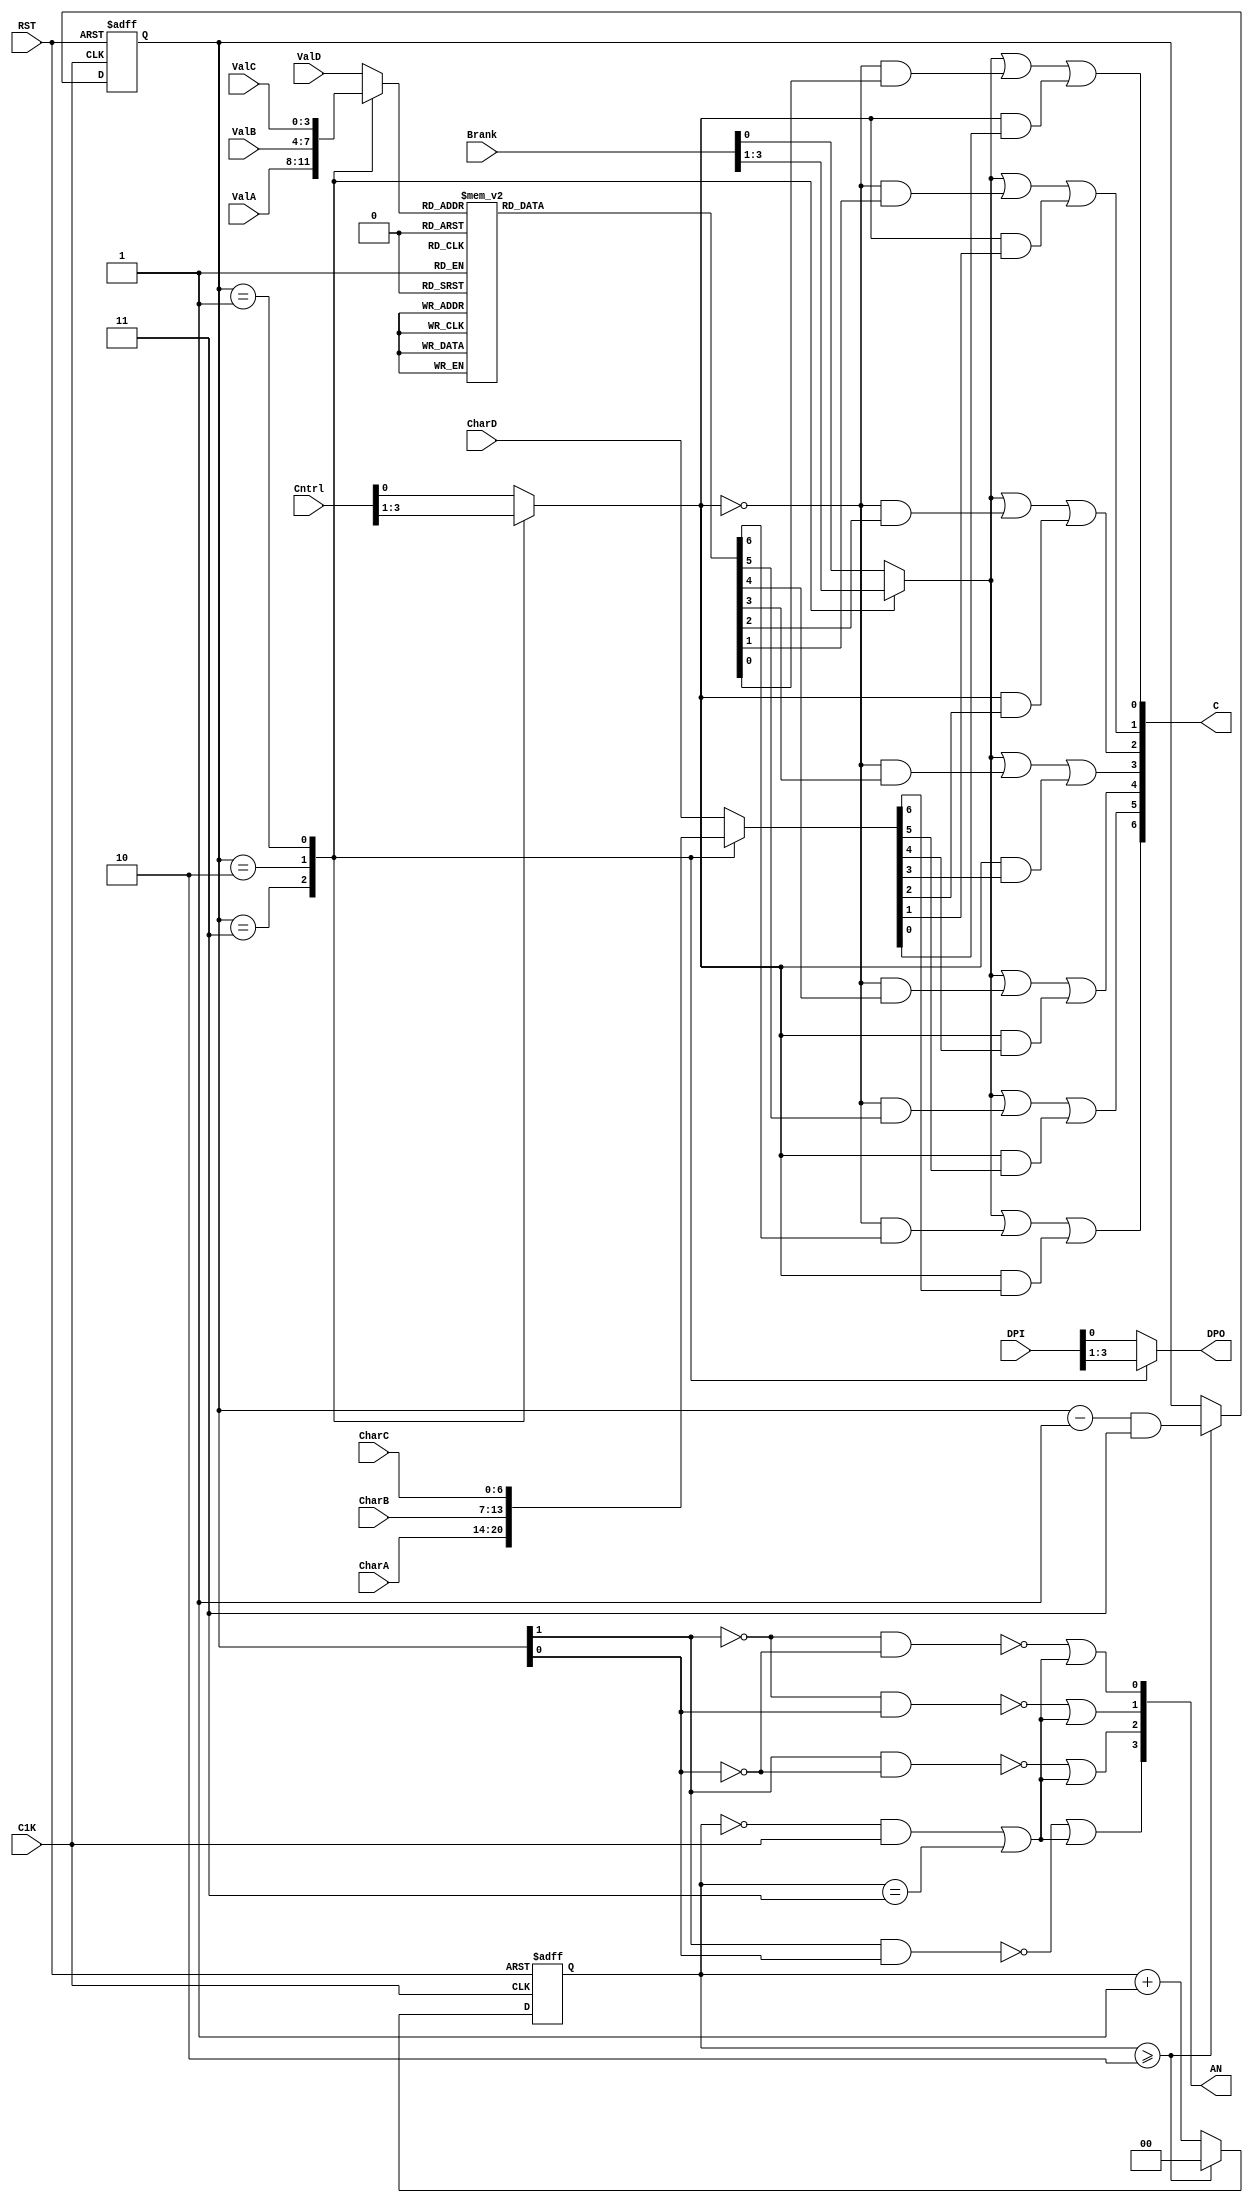
module LEDConv4DC(
    input RST,
    input C1K,
    input [3:0] ValA,
    input [3:0] ValB,
    input [3:0] ValC,
    input [3:0] ValD,
    input [6:0] CharA,
    input [6:0] CharB,
    input [6:0] CharC,
    input [6:0] CharD,
    input [3:0] Cntrl,
    input [3:0] Brank,
    input [3:0] DPI,
    output [3:0] AN,
    output [6:0] C,
    output DPO
  );
  wire [1:0] DigA;
  wire DigE;
  reg [3:0] Val;
  reg [6:0] Char;
  reg Brankc;
  reg Cont;
  reg DPY;
  reg [1:0] D4;
  reg [1:0] D3;
  reg [1:0] Q4;
  reg [1:0] Q3;
  reg [6:0] seg;

  always @(Q4 or Q3) begin
    if(Q3 >= 2'd2) begin
      D4 = (Q4 - 2'd1) & 2'b11;
      D3 = 2'd0;
    end else begin
      D4 = Q4;
      D3 = Q3 + 2'd1;
    end
  end
  always @(posedge C1K or negedge RST) begin
    if(RST == 0) begin
      Q4 = 2'd3;
      Q3 = 2'd3;
    end else begin
      Q4 = D4;
      Q3 = D3;
    end
  end
  assign DigA = Q4;
  assign DigE = ((Q3 == 2'd0) & C1K) | (Q3 == 2'd3);

  assign AN[3]= ~( DigA[1] & DigA[0]) | DigE;
  assign AN[2]= ~( DigA[1] & ~DigA[0]) | DigE;
  assign AN[1]= ~(~DigA[1] & DigA[0]) | DigE;
  assign AN[0]= ~(~DigA[1] & ~DigA[0]) | DigE;

  always @(DigA or ValA or ValB or ValC or ValD) begin
    case (DigA)
      2'd3: Val = ValA;
      2'd2: Val = ValB;
      2'd1: Val = ValC;
      default: Val = ValD;
    endcase
  end

  always @(DigA or CharA or CharB or CharC or CharD) begin
    case (DigA)
      2'd3: Char = CharA;
      2'd2: Char = CharB;
      2'd1: Char = CharC;
      default: Char = CharD;
    endcase
  end

  always @(DigA or Cntrl) begin
    case (DigA)
      2'd3: Cont = Cntrl[3];
      2'd2: Cont = Cntrl[2];
      2'd1: Cont = Cntrl[1];
      default: Cont = Cntrl[0];
    endcase
  end

  always @(DigA or Brank) begin
    case (DigA)
      2'd3: Brankc = Brank[3];
      2'd2: Brankc = Brank[2];
      2'd1: Brankc = Brank[1];
      default: Brankc = Brank[0];
    endcase
  end

  always @(DigA or DPI) begin
    case (DigA)
      2'd3: DPY = DPI[3];
      2'd2: DPY = DPI[2];
      2'd1: DPY = DPI[1];
      default: DPY = DPI[0];
    endcase
  end
  always @(Val) begin
    case (Val)
      4'h0: seg = 7'b0000001;
      4'h1: seg = 7'b1001111;
      4'h2: seg = 7'b0010010;
      4'h3: seg = 7'b0000110;
      4'h4: seg = 7'b1001100;
      4'h5: seg = 7'b0100100;
      4'h6: seg = 7'b0100000;
      4'h7: seg = 7'b0001111;
      4'h8: seg = 7'b0000000;
      4'h9: seg = 7'b0000100;
      4'ha: seg = 7'b0001000;
      4'hb: seg = 7'b1100000;
      4'hc: seg = 7'b1110010;
      4'hd: seg = 7'b1000010;
      4'he: seg = 7'b0110000;
      default:seg= 7'b0111000;
    endcase
  end

  assign C[6] = Brankc | ~Cont & seg[6] | Cont & Char[6];
  assign C[5] = Brankc | ~Cont & seg[5] | Cont & Char[5];
  assign C[4] = Brankc | ~Cont & seg[4] | Cont & Char[4];
  assign C[3] = Brankc | ~Cont & seg[3] | Cont & Char[3];
  assign C[2] = Brankc | ~Cont & seg[2] | Cont & Char[2];
  assign C[1] = Brankc | ~Cont & seg[1] | Cont & Char[1];
  assign C[0] = Brankc | ~Cont & seg[0] | Cont & Char[0];

  assign DPO = DPY;
endmodule